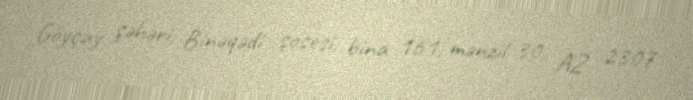
Göyçay şəhəri, Binəqədi şosesi, bina 161, mənzil 30, AZ 2307